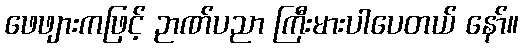
ဖေဖျားကဖြင့် ဉာဏ်ပညာ ကြီးမားပါပေတယ် နော်။